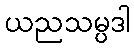
ယညသမ္ပဒါ